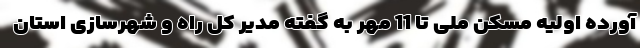
آورده اولیه مسکن ملی تا 11 مهر به گفته مدیر کل راه و شهرسازی استان